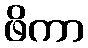
ဖိကာ